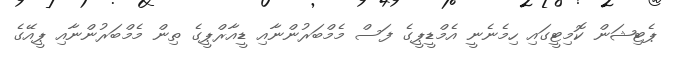
ޕެޓިޝަން ކޮމިޓީގައި ހިމެނެނީ އެމްޑީޕީގެ ފަސް މެމްބަރުންނާއި ޑީއާރްޕީގެ ތިން މެމްބަރުންނާއި ޕީއޭގެ